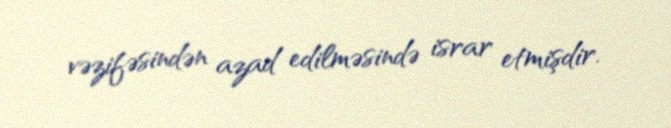
vəzifəsindən azad edilməsində israr etmişdir.